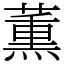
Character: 薫